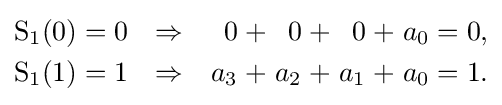
{\begin{alignedat}{13}\operatorname {S} _{1}(0)&&\;=\;&&0\quad &&\Rightarrow &&\quad 0\;&&+&&\;0\;&&+&&\;0\;&&+&&\;a_{0}&&\;=\;&&0,&\\\operatorname {S} _{1}(1)&&\;=\;&&1\quad &&\Rightarrow &&\quad a_{3}\;&&+&&\;a_{2}\;&&+&&\;a_{1}\;&&+&&\;a_{0}&&\;=\;&&1.&\end{alignedat}}